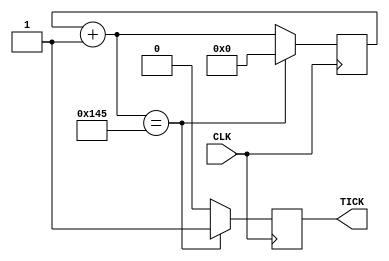
`timescale 1ns / 1ps
//////////////////////////////////////////////////////////////////////////////////
// Company: 
// Engineer: 
// 
// Design Name: 
// Module Name:    BR_GEN 
// Project Name: 
// Target Devices: 
// Tool versions: 
// Description: 
//
// Dependencies: 
//
// Revision: 
// Revision 0.01 - File Created
// Additional Comments: 
//
//////////////////////////////////////////////////////////////////////////////////
module BR_GEN_echo(
	input CLK,  //clock de la FPGA
	//input reset,//ver para que???????????
	output reg TICK=0 //clock del RX
    );
	 
parameter BAUD_RATE = 9600;
parameter CLK_RATE = 50000000; //valor del clock de la placa
localparam NUM_TICKS = 16; //division del baudio

parameter TICK_RATE = CLK_RATE / (BAUD_RATE * NUM_TICKS);//frecuencia del clk del RX
parameter LEN_REG_ACUM = 9;//clog2(TICK_RATE); // calcula el largo (en bits) necesario del
													     // registro que almacenara el contador usado
												        // para generar el tick rate (163 en el ej. de la filmina)
reg [LEN_REG_ACUM - 1 : 0] acumulator = 0;  // para contar hasta el TICK_RATE													


always @(posedge CLK) 
begin			
	acumulator = acumulator + 1;
	if (acumulator == (TICK_RATE)) 
		begin
			TICK = 1;
			acumulator = 0;
		end
	else
		TICK = 0;
end

endmodule